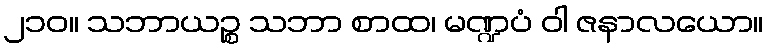
၂၁၀။ သဘာယဉ္စ သဘာ စာထ၊ မဏ္ဍပံ ဝါ ဇနာလယော။